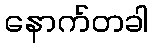
နောက်တခါ